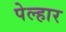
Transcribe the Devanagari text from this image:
पेल्हार